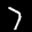
Label: 7